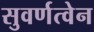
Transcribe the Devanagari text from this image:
सुवर्णत्वेन